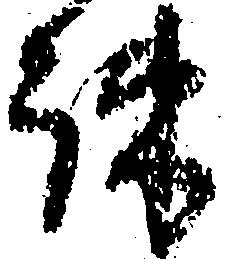
疎